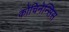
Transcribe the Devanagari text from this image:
कोचिनेन्सिस